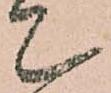
て